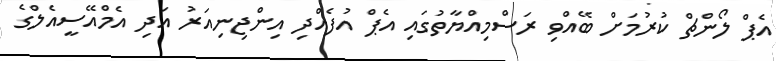
އެޕް ލޯންޗް ކުރުމަށް ބޭއްވި ރަސްމިއްޔާތުގައި އެޕް އުފެއްދި އިންޖިނިއަރު އަދި އެމްއޭސީއެލްގެ